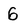
Character: 6